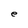
Character: e